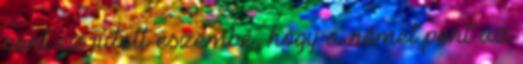
pont ez jutott eszembe, hogy a német pont az